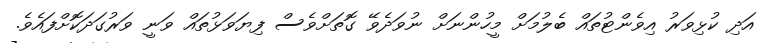
އަދި ކުޅިވަރު އިވެންޓުތައް ބެލުމަށް މީހުންނަށް ނުވަދެވޭ ގޮތަށްވެސް ފިޔަވަޅުތައް ވަނީ ވަރުގަދަކޮށްފައެވެ.